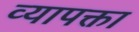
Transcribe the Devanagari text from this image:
व्यापक्ता